Annual report of the Prince of Wales Medical College, Patna
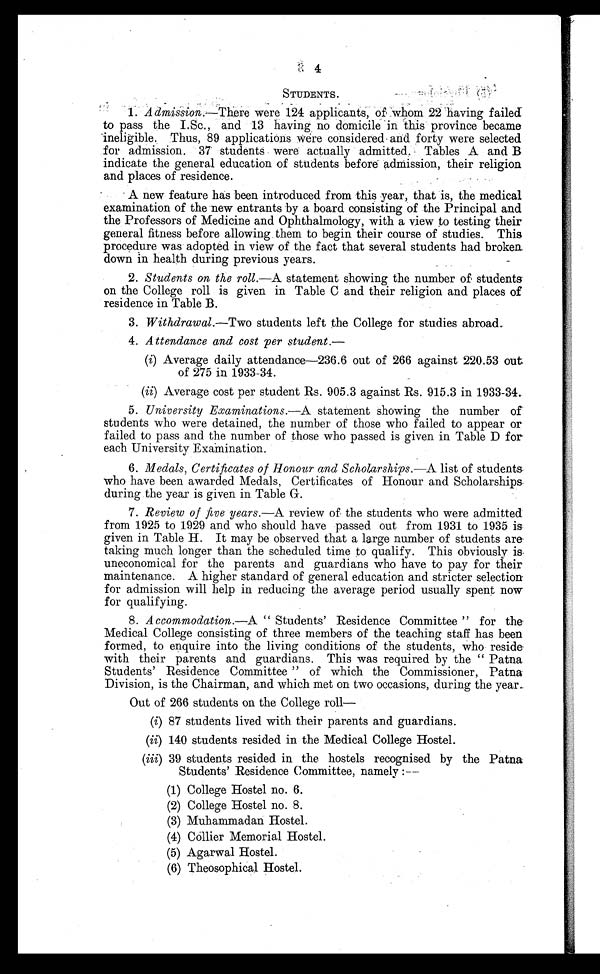
4
STUDENTS.
•
1. Admission.—There were 124 applicants, of whom 22 having failed
to pass the I.Sc., and 13 having no domicile in this province became
ineligible. Thus, 89 applications were considered and forty were selected
for admission. 37 students were actually admitted. Tables A and B
indicate the general education of students before admission, their religion
and places of residence.
A new feature has been introduced from this year, that is, the medical
examination of the new entrants by a board consisting of the Principal and
the Professors of Medicine and Ophthalmology, with a view to testing their
general fitness before allowing them to begin their course of studies. This
procedure was adopted in view of the fact that several students had broken
down in health during previous years.
2. Students on the roll.—A statement showing the number of students
on the College roll is given in Table C and their religion and places of
residence in Table B.
3. Withdrawal.—Two students left the College for studies abroad.
4. Attendance and cost per student.—
(i) Average daily attendance—236.6 out of 266 against 220.53 out
of 275 in 1933-34.
(ii) Average cost per student Rs. 905.3 against Rs. 915.3 in 1933-34.
5. University Examinations.— A statement showing the number of
students who were detained, the number of those who failed to appear or
failed to pass and the number of those who passed is given in Table D for
each University Examination.
6. Medals, Certificates of Honour and Scholarships.—A list of students
who have been awarded Medals, Certificates of Honour and Scholarships
during the year is given in Table G.
7. Review of five years.— A review of the students who were admitted
from 1925 to 1929 and who should have passed out from 1931 to 1935 is
given in Table H. It may be observed that a large number of students are
taking much longer than the scheduled time to qualify. This obviously is
uneconomical for the parents and guardians who have to pay for their
maintenance. A higher standard of general education and stricter selection
for admission will help in reducing the average period usually spent now
for qualifying.
8. Accommodation.—A " Students' Residence Committee" for the
Medical College consisting of three members of the teaching staff has been
formed, to enquire into the living conditions of the students, who reside
with their parents and guardians. This was required by the "Patna
Students' Residence Committee" of which the Commissioner, Patna
Division, is the Chairman, and which met on two occasions, during the year.
Out of 266 students on the College roll
—
(i) 87 students lived with their parents and guardians.
(ii) 140 students resided in the Medical College Hostel.
(iii) 39 students resided in the hostels recognised by the Patna
Students' Residence Committee, namely :—
( 1 ) C o l l e g e H o s t e l n o . 6 .
( 2 ) C o l l e g e H o s t e l n o . 8 .
( 3 ) M u h a m m a d a n H o s t e l .
( 4) Col l i er Memor i al Hos t el .
( 5 ) A g a r w a l H o s t e l .
(6) Theosophical Hostel.